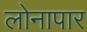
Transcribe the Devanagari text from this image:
लोनापार